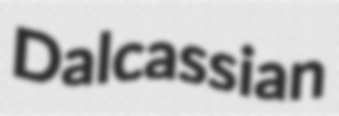
Dalcassian